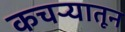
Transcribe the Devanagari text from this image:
कचऱ्यातून